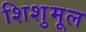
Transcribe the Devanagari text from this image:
शिशुमूल